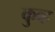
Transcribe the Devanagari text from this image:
कुव्ह